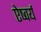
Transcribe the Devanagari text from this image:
ऐष्वर्य